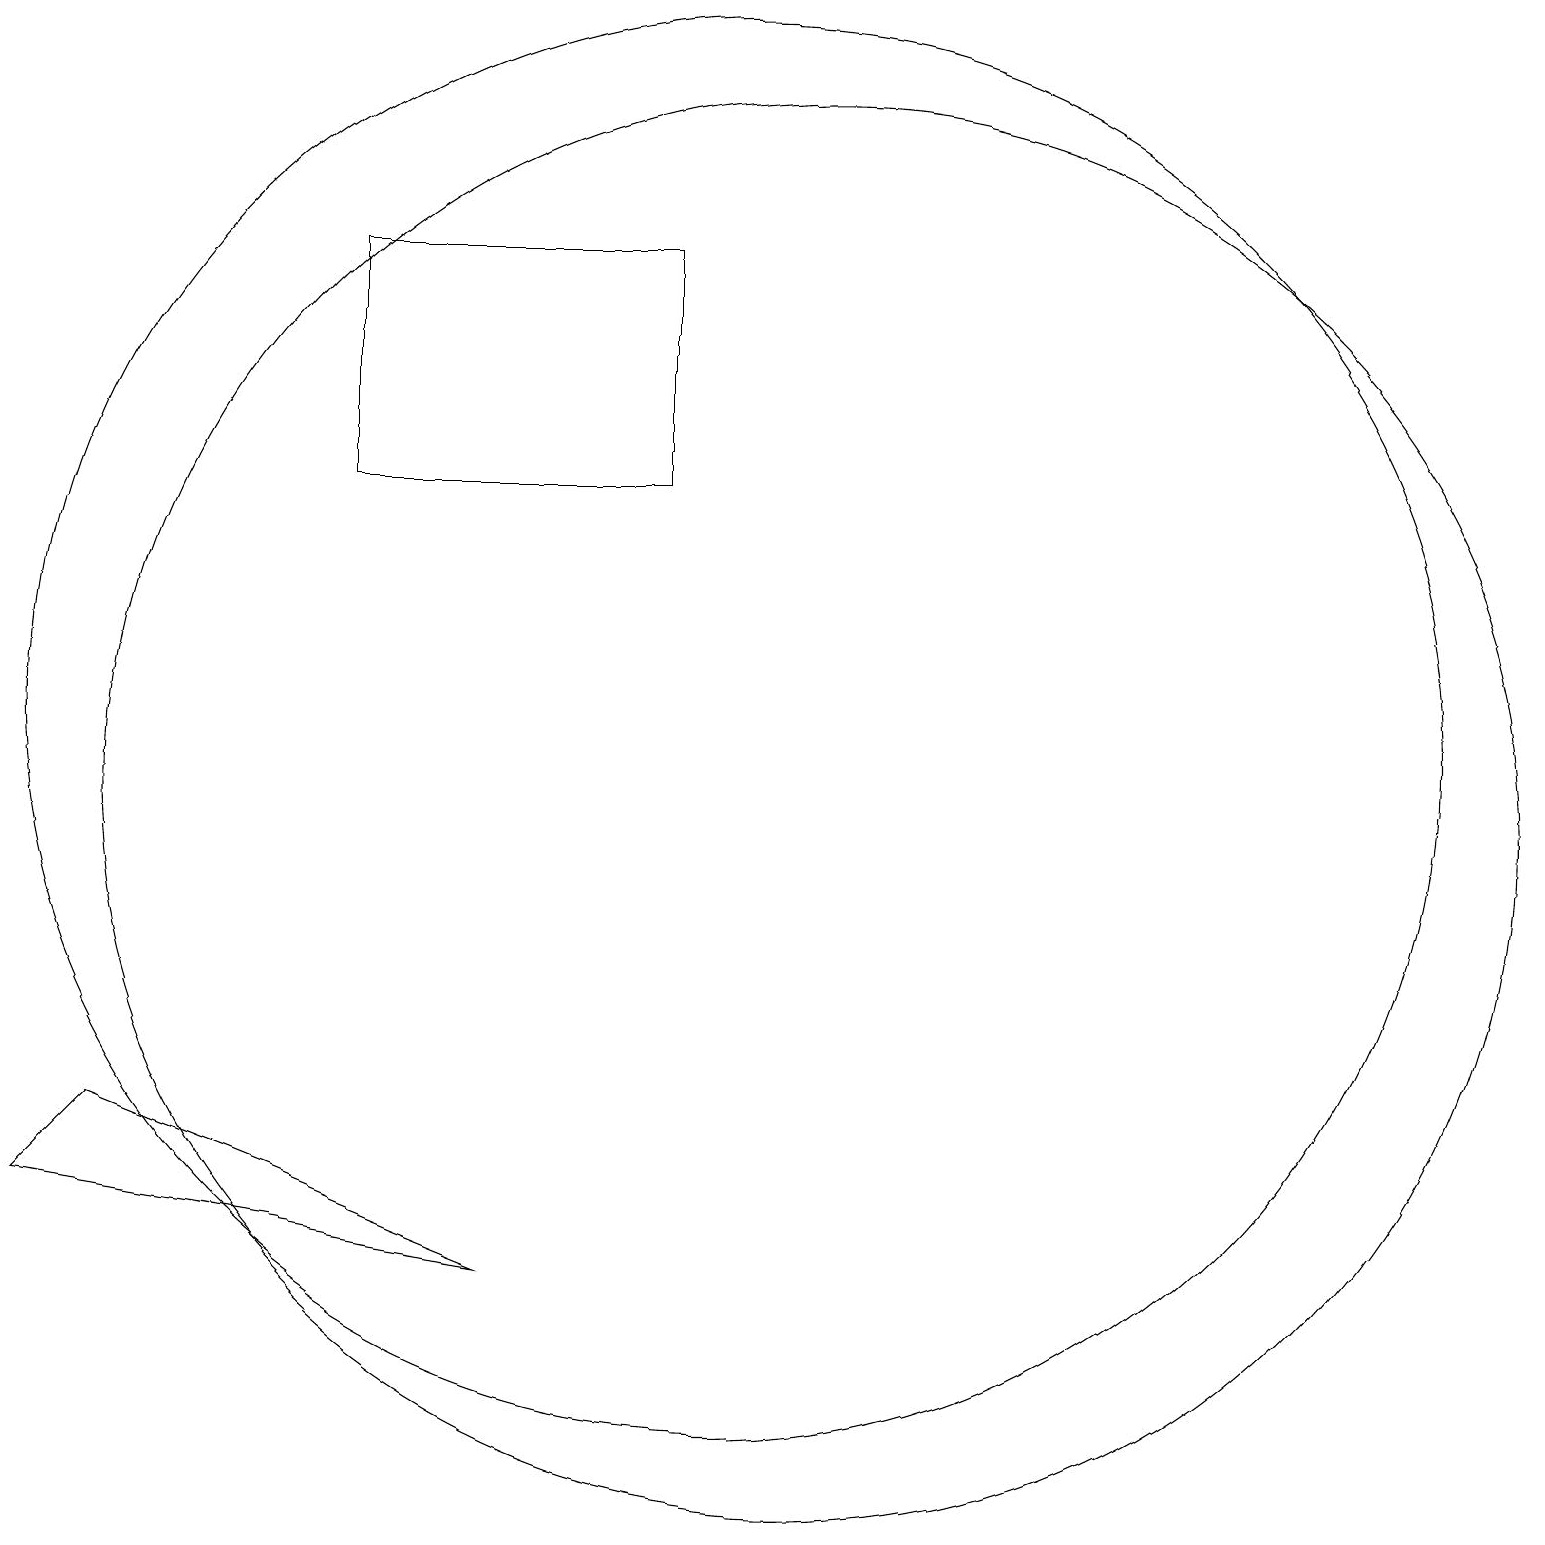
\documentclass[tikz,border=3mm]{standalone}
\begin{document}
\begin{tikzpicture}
\draw (9,18) rectangle (5,15);
\draw (11,11) circle (9);
\draw (10,12) circle (9);
\draw (7,5) -- (1,6) -- (2,7) -- cycle;
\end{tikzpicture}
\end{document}